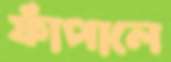
ফাঁপালে